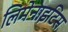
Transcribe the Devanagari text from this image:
लिमेनाइटिस